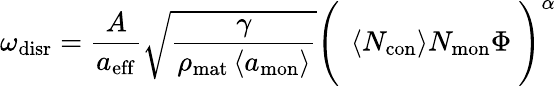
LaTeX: \omega_{\mathrm{disr}}=\frac{A}{a_{\mathrm{eff}}}\sqrt{\frac{\gamma}{\rho_{\mathrm{mat}}\left<a_{\mathrm{mon}}\right>}}\Biggl(\ \left<N_{\mathrm{con}}\right>N_{\mathrm{mon}}\Phi\ \Biggr)^{\alpha}